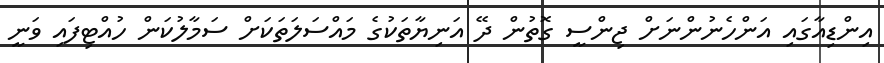
އިންޑިއާގައި އަންހެނުންނަށް ޖިންސީ ގޮތުން ދޭ އަނިޔާތަކުގެ މައްސަލަތަކަށް ސަމާލުކަން ހުއްޓިފައި ވަނީ